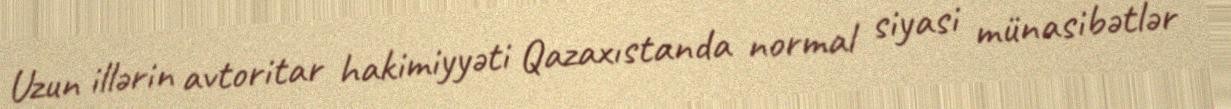
Uzun illərin avtoritar hakimiyyəti Qazaxıstanda normal siyasi münasibətlər